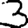
Digit: 3